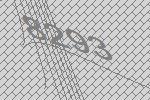
8293